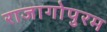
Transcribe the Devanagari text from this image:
राजागोपुरम